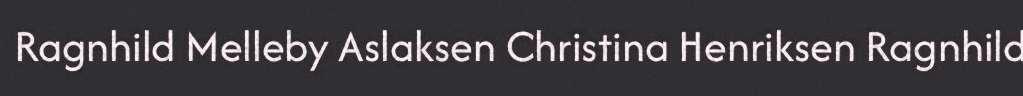
Ragnhild Melleby Aslaksen Christina Henriksen Ragnhild